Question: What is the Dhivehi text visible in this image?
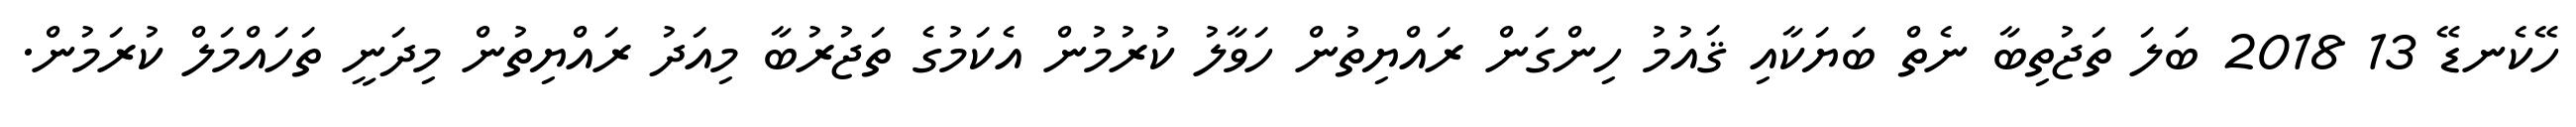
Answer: ހޭކެނޑޭ 13 2018 ބަލަ ތަޖުތިބާ ނެތް ބަޔަކާއި ޤައުމު ހިންގަން ރައްޔިތުން ހަވާލު ކުރުމުން އެކަމުގެ ތަޖުރުބާ މިއަދު ރައްޔިތުން މިދަނީ ތަހައްމަލް ކުރަމުން.